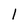
Character: 1